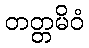
တတ္တမိဝံ